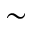
\sim